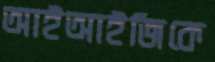
আইআইজিকে